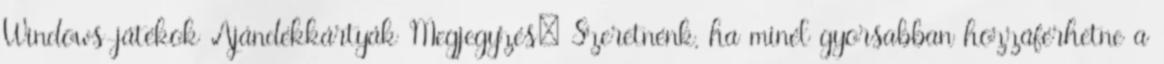
Windows-játékok Ajándékkártyák Megjegyzés: Szeretnénk, ha minél gyorsabban hozzáférhetne a